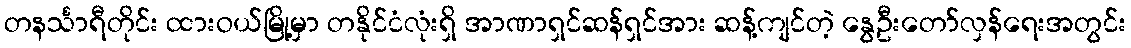
တနင်္သာရီတိုင်း ထားဝယ်မြို့မှာ တနိုင်ငံလုံးရှိ အာဏာရှင်ဆန်ရှင်အား ဆန့်ကျင်တဲ့ နွေဦးတော်လှန်ရေးအတွင်း